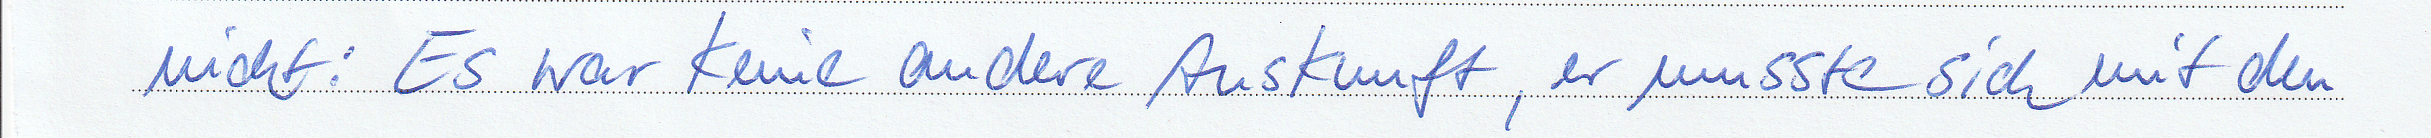
nicht: Es war keine andere Auskunft, er musste sich mit den